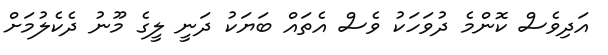
އަދިވެސް ކޮންމެ ދުވަހަކު ވެސް އެތައް ބަޔަކު ދަނީ ލީގެ މޫނު ދެކެލުމަށް